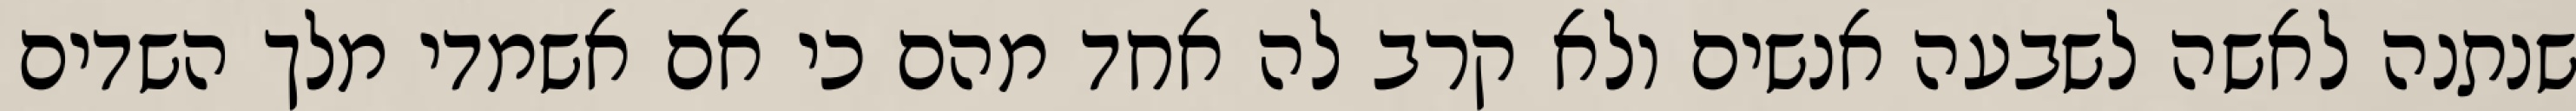
שנתנה לאשה לשבעה אנשים ולא קרב לה אחד מהם כי אם אשמדי‏ מלך השדים